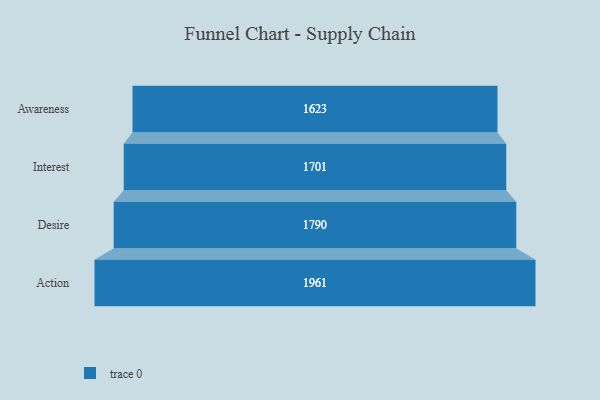
{"axis": {"x": "Stage", "y": "Value"}, "legend": [""], "data": [{"x": "Awareness", "y": 1623.0, "type": ""}, {"x": "Interest", "y": 1701.0, "type": ""}, {"x": "Desire", "y": 1790.0, "type": ""}, {"x": "Action", "y": 1961.0, "type": ""}]}